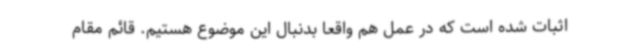
اثبات شده است که در عمل هم واقعا بدنبال این موضوع هستیم. قائم مقام